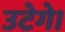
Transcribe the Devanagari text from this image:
उटेगे।